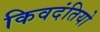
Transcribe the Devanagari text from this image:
किवदंतियो